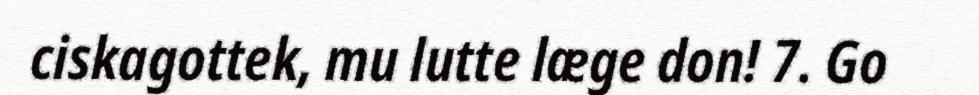
ciskagottek, mu lutte læge don! 7. Go